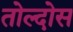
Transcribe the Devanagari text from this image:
तोल्दोस